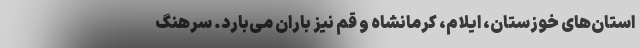
استان‌های خوزستان، ایلام، کرمانشاه و قم نیز باران می‌بارد. سرهنگ